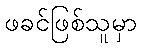
ဖခင်ဖြစ်သူမှာ